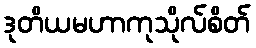
ဒုတိယမဟာကုသိုလ်စိတ်